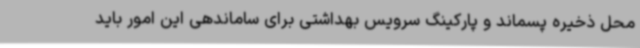
محل ذخیره پسماند و پارکینگ سرویس بهداشتی برای ساماندهی این امور باید